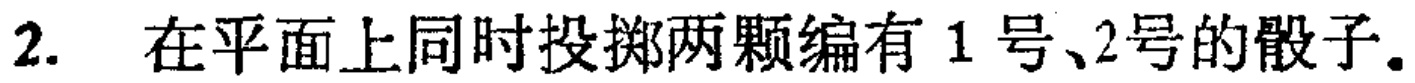
2. 在平面上同时投掷两颗编有 1 号、2号的骰子。